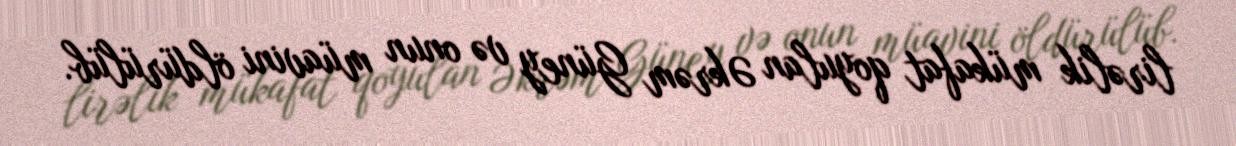
lirəlik mükafat qoyulan Əkrəm Güney və onun müavini öldürülüb.